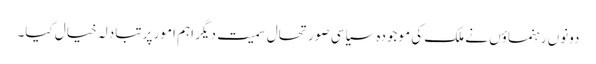
دونوں رہنماؤں نے ملک کی موجودہ سیاسی صورتحال سمیت دیگر اہم امور پر تبادلہ خیال کیا۔